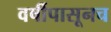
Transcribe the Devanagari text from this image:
वर्षीपासूनच